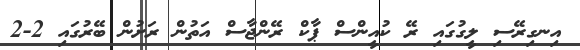
އިނގިރޭސި ލީގުގައި ރޭ ކުއީންސް ޕާކް ރޭންޖާސް އަތުން ރަށުން ބޭރުގައި 2-2